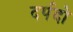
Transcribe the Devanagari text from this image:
दर्पदो